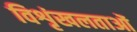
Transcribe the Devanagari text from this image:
विशृंखलताओं